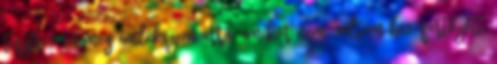
tesztre? én még emlékszem arra, amikor nem voltam hiv-fertőzött,